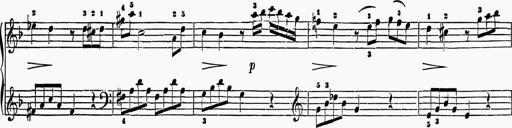
Title: 6 Sonatas
Composer: Muzio Clementi